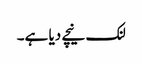
لنک نیچے دیا ہے۔